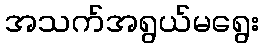
အသက်အရွယ်မရွေး